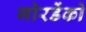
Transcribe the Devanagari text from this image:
गोरडेंको